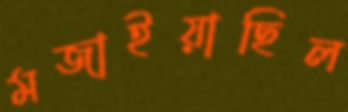
মজাইয়াছিল